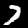
Digit: 7